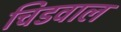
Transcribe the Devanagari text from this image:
चिडवाल